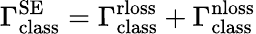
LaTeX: \Gamma_{\mathrm{class}}^{\mathrm{SE}}=\Gamma_{\mathrm{class}}^{\mathrm{rloss}}+\Gamma_{\mathrm{class}}^{\mathrm{nloss}}